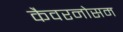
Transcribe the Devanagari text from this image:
कैवरनोसम